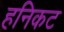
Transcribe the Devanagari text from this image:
हनिकट